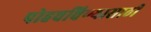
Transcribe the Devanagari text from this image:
पोहचविण्यासाठी